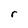
Character: r